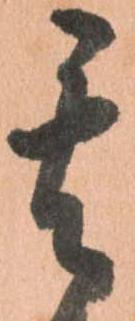
其